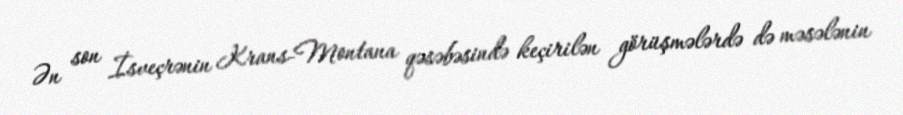
Ən son İsveçrənin Krans-Montana qəsəbəsində keçirilən görüşmələrdə də məsələnin